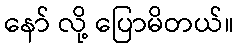
နော် လို့ ပြောမိတယ်။